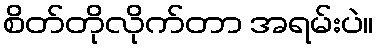
စိတ်တိုလိုက်တာ အရမ်းပဲ။